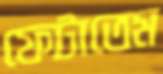
ফেটাতেম